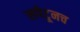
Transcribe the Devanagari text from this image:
लपेटूनच